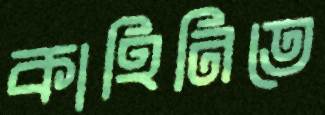
কাহিনিতে